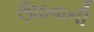
ઊઠવાની